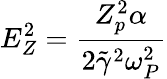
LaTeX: E_{Z}^{2}=\frac{Z_{p}^{2}\alpha}{2\tilde{\gamma}^{2}\omega_{P}^{2}}